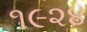
૧૯૨૪